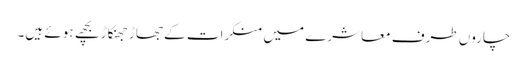
چاروں طرف معاشرے میں منکرات کے جھاڑ جھنکاڑ بچھے ہوئے ہیں۔